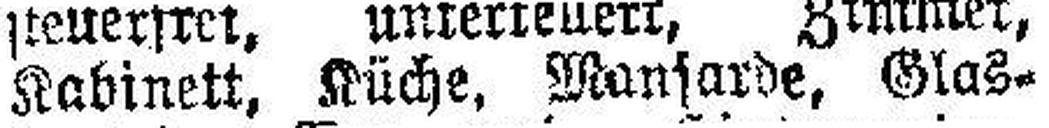
Kabinett. Küche Mansarde Glas¬